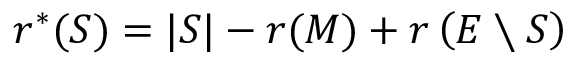
r ^ { * } ( S ) = | S | - r ( M ) + r \left( E \setminus S \right)